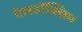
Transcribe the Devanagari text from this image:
ऐलडॉक्सिम